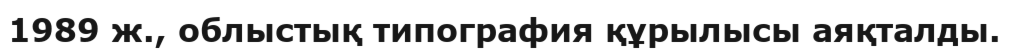
1989 ж., облыстық типография құрылысы аяқталды.